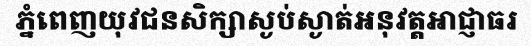
ភ្នំពេញយុវជនសិក្សាស្ងប់ស្ងាត់អនុវត្តអាជ្ញាធរ